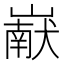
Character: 𰎹